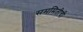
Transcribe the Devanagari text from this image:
सममितीची